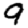
Digit: 9